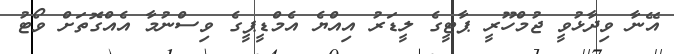
އޭނާ ވިދާޅުވީ ޖުމްހޫރީ ޕާޓީގެ ލީޑަރު އިއްޔެ އެމްޑީޕީގެ ވިސްނުމާ އެއްގޮތަށް ވޯޓު